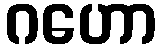
ဂဟော